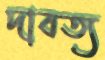
দাবত্য